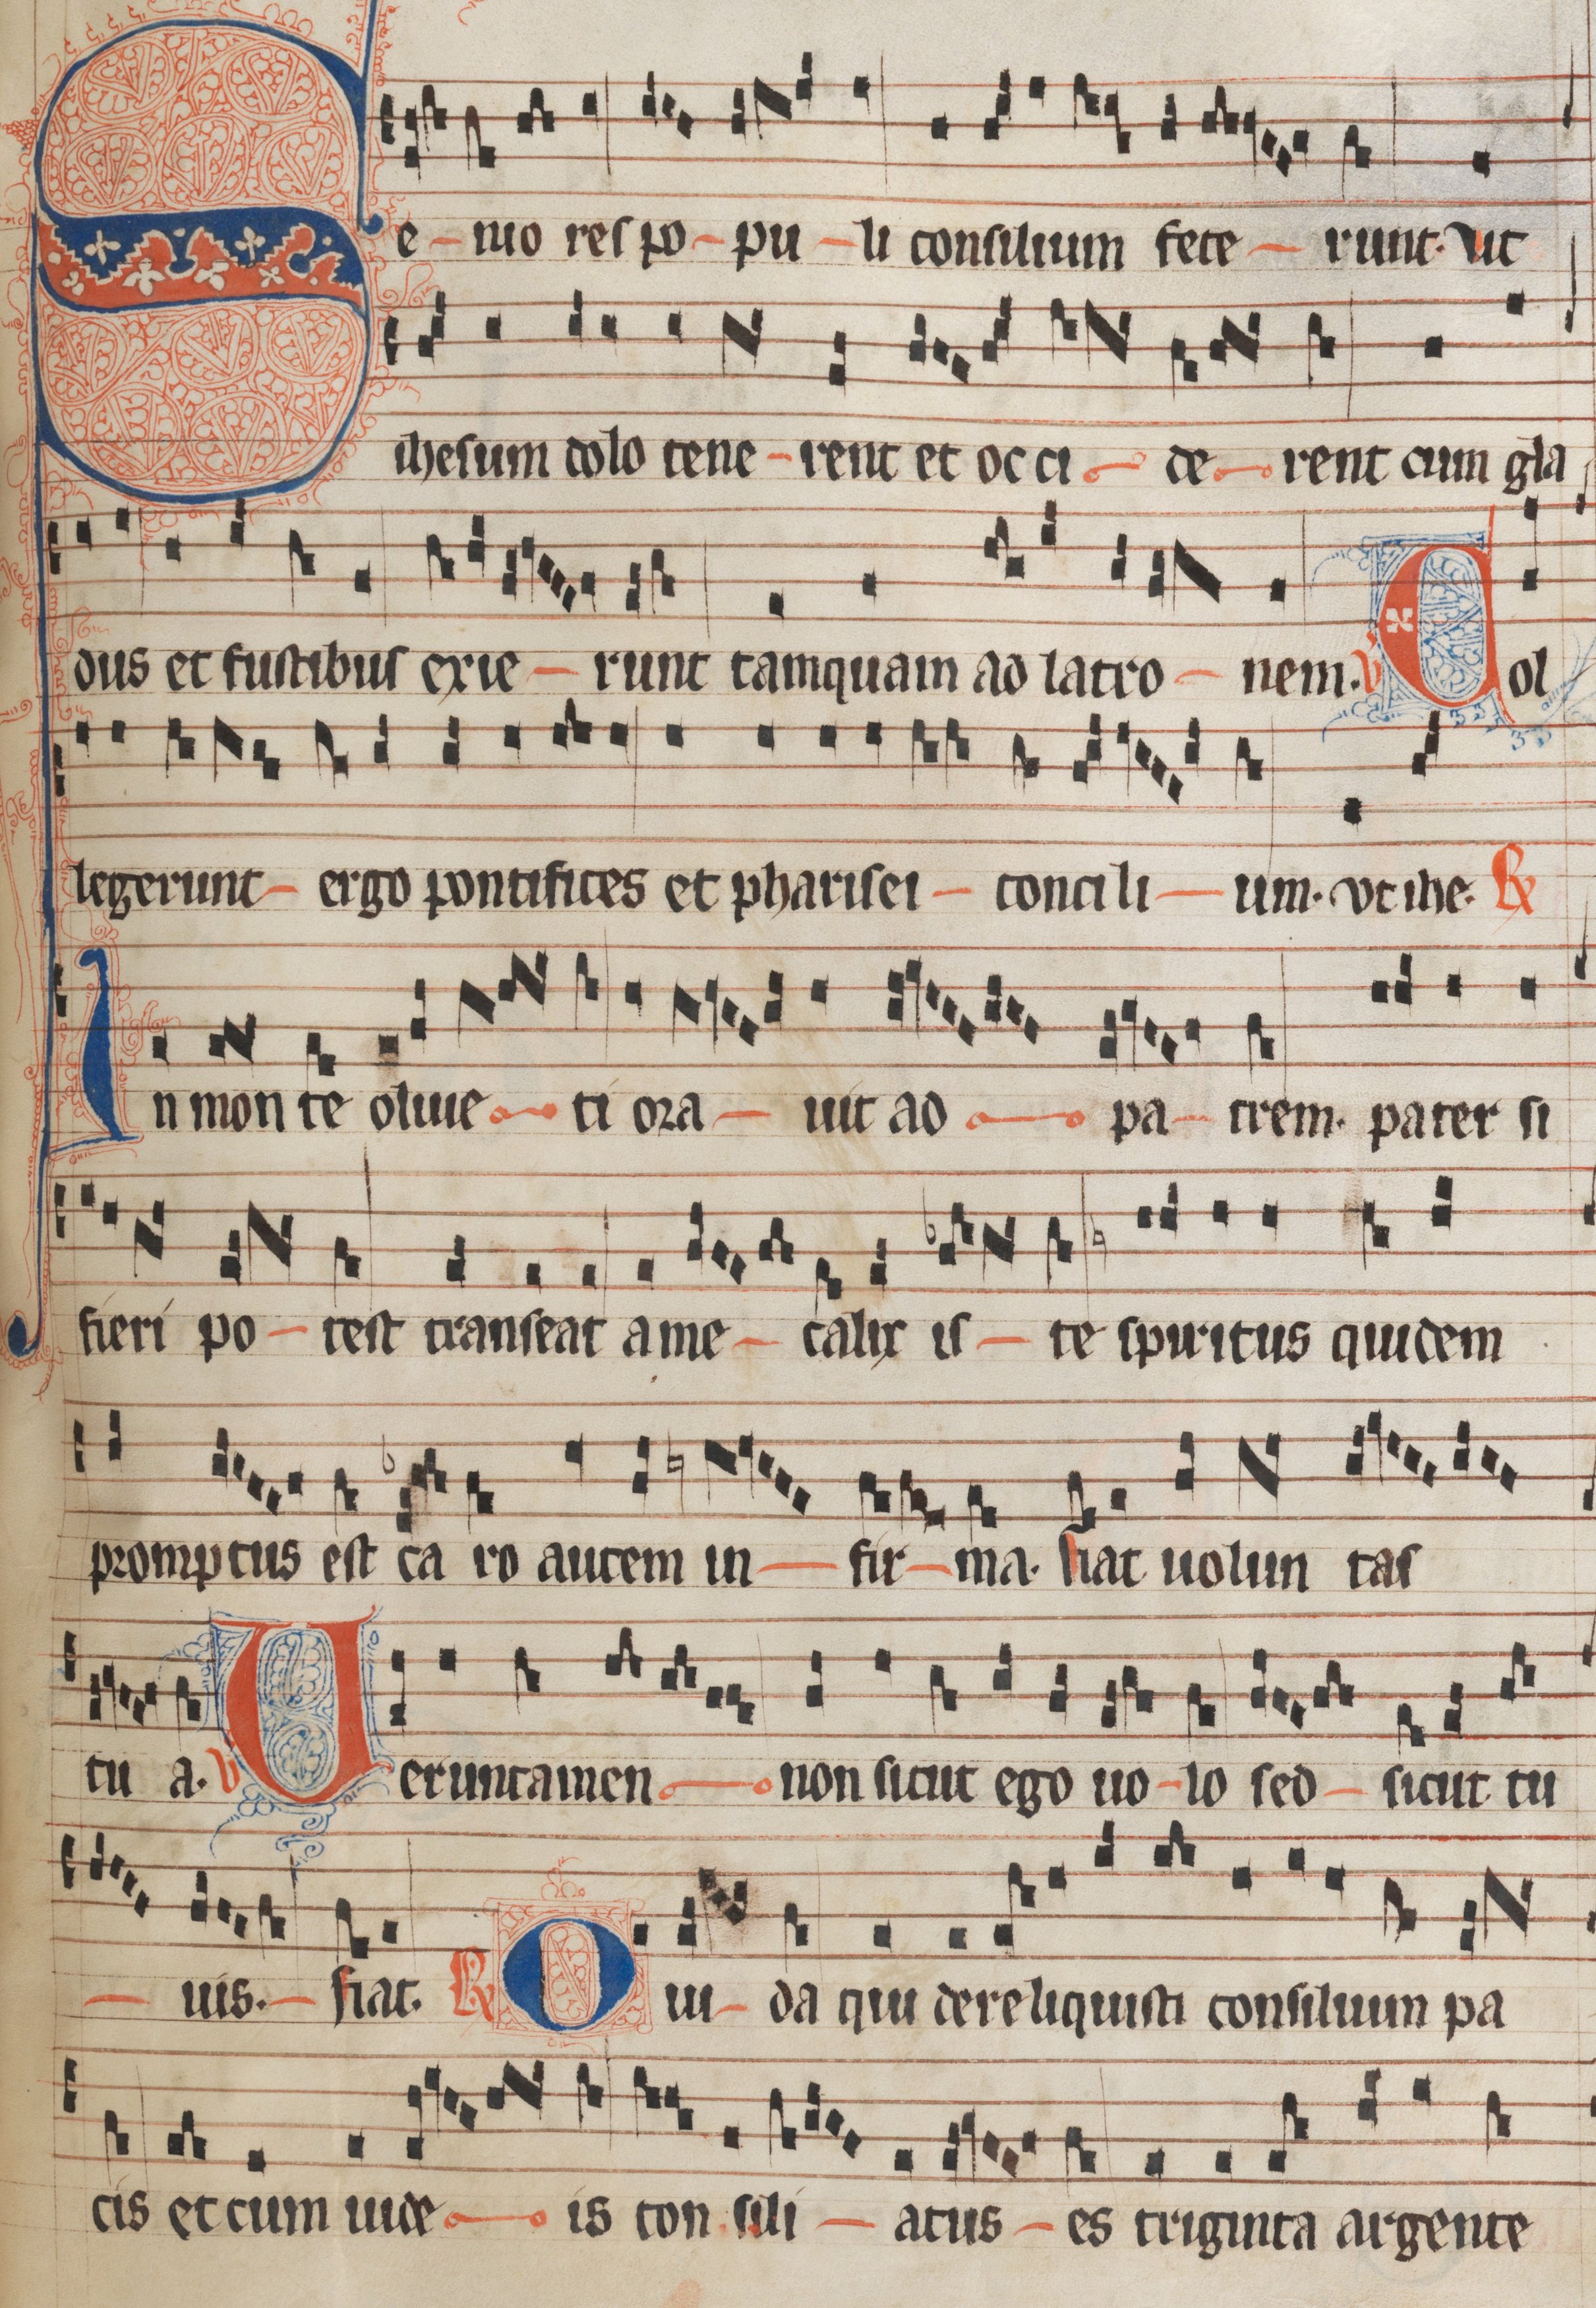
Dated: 1300–1349